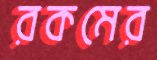
রকমের